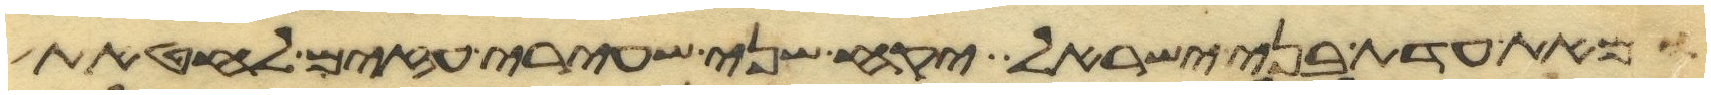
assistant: ומאת עדת בני ישראל יקח שני שעירי עזים לחטאת